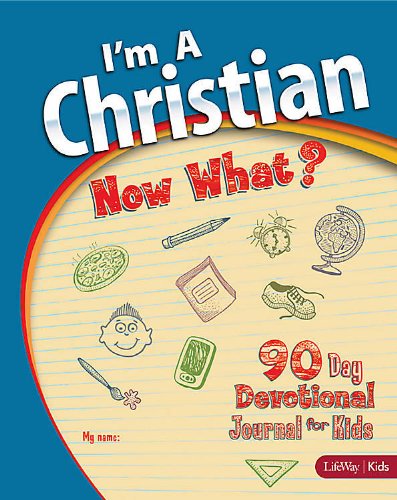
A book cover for I'm a Christian, Now What?, Vol 1 (Devotional); LifeWay Church Resources; Christian Books & Bibles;